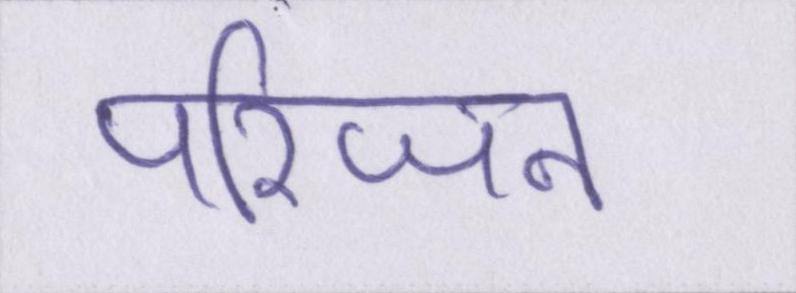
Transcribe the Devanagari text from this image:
परिजन